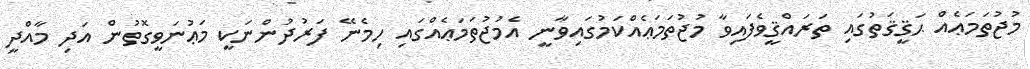
މުޖުތަމަޢެއް ޙަޤީޤަތުގައި ތަރައްޤީވެފައިވާ މުޖުތަމަޢެއްކަމުގައިވާނީ އެމުޖުތަމަޢެއްގައި ހިމެނޭ ފަރުދުންނަކީ މަޢުނަވީގޮތުން އަދި މާއްދީ